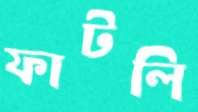
ফাটলি